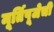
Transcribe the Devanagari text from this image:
मूर्तिपूजेची